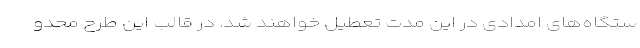
ستگاه‌های امدادی در این مدت تعطیل خواهند شد. در قالب این طرح محدو